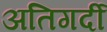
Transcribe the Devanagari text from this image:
अतिगर्दी